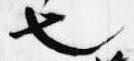
也